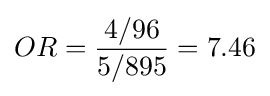
OR={4/96 \over 5/895}=7.46